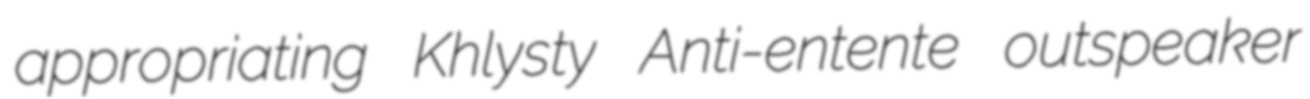
appropriating Khlysty Anti-entente outspeaker